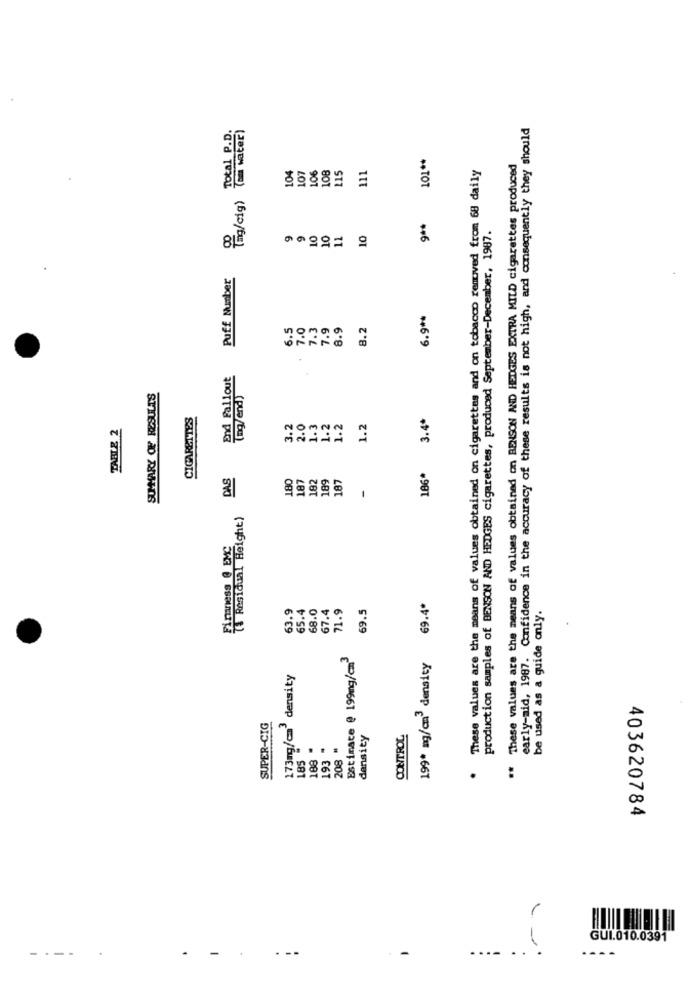
Total P.D.
early-aid, 1987. Confidence in the accuracy of these results is not high, and consequently they should
( water)
101 **
104
107
106
108
115
111
These values are the means of values obtained on cigarettes and on tobacco removed from 68 daily
These values are the means of values obtained on BENSON AND HEDGES EXTRA MILD cigarettes produced
(mg/cig)
9 **
production samples of BENSON AND HEDGES cigarettes, produced September-December, 1987.
9
9
10
10
11
10
Puff Number
6.9 **
6.5
7.0
7.3
7.9
8.9
8.2
xd Fallout
mg/endy
SUMMARY OF RESULTS
CIGARETTES
3.4*
TABLE 2
3.2
2.0
1.3
1.2
1.2
1.2
DAS
180
187
182
189
187
186*
( Residual Height)
Firmness @ EMC
63.9
65.4
68.0
71.9
69.5
69.4*
67.4
be used as a guide only.
Estimate @ 199mg/cm3
199* mg/cm density
173mg/c' density
SUPER-CIG
density
CONTROL
.
193 -
208 #
188
185
.
:
403620784
GUI.010.0391
..
.... .
-